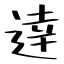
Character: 逹